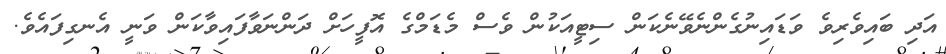
އަދި ބައިވެރިވެ ވަޑައިނުގެންނެވޭނެކަން ސިޓީއަކުން ވެސް މެޑަމްގެ އޮފީހަށް ދަންނަވާފައިވާކަން ވަނީ އެނގިފައެވެ.